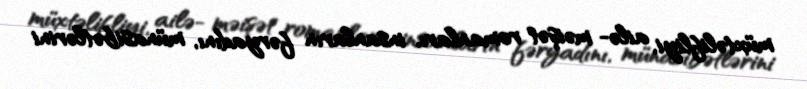
müxtəlifliyi, ailə- məişət romanları, insanların fəryadını, münasibətlərini